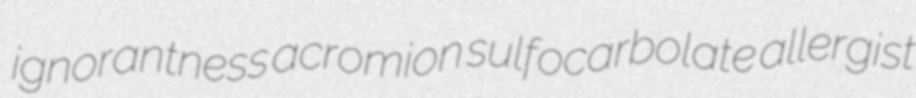
ignorantness acromion sulfocarbolate allergist